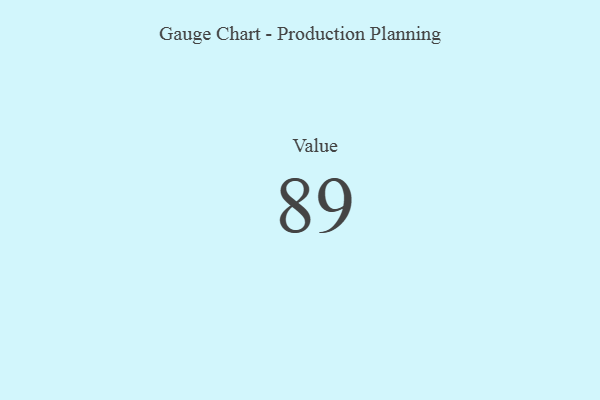
{"axis": {"x": "Metric", "y": "Value"}, "legend": [""], "data": [{"x": "Value", "y": 89, "type": ""}]}